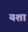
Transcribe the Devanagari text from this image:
यशा